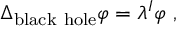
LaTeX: \Delta _ { \mathrm { b l a c k ~ h o l e } } \varphi = \lambda ^ { I } \varphi ~ ,